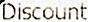
DISCOUNT